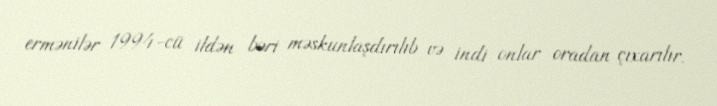
ermənilər 1994-cü ildən bəri məskunlaşdırılıb və indi onlar oradan çıxarılır.